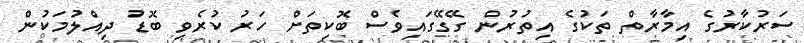
ސަރުކާރުގެ އިމާރާތް ތަކުގެ އިތުރުން ގޭގޭގައިވެސް ބޮކިތަށް ހަރު ކުރެވި ބޮޑު ދިއްލުމަކުން